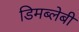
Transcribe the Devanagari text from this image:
डिमब्लेबी